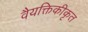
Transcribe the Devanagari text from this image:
वैयक्तिकीकृत